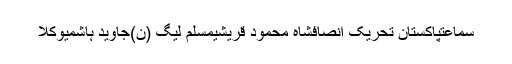
سماعتپاکستان تحریک انصافشاہ محمود قریشیمسلم لیگ (ن)جاوید ہاشمیوکلا